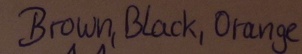
Text: Brown,Black,Orange